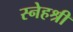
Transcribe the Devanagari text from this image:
स्नेहश्री